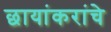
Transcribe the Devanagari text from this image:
छायांकरांचे